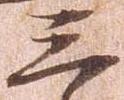
三